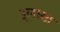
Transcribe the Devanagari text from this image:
३लाख